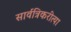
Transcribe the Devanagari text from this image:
सार्वत्रिकरीत्या